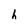
Character: h